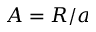
A = R / a